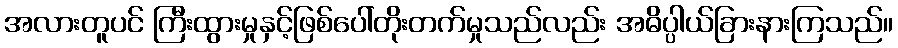
အလားတူပင် ကြီးထွားမှုနှင့်ဖြစ်ပေါ်တိုးတက်မှုသည်လည်း အဓိပ္ပါယ်ခြားနားကြသည်။